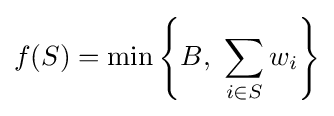
f(S)=\min \left\{B,~\sum _{i\in S}w_{i}\right\}